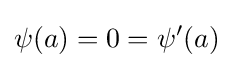
\psi (a)=0=\psi '(a)